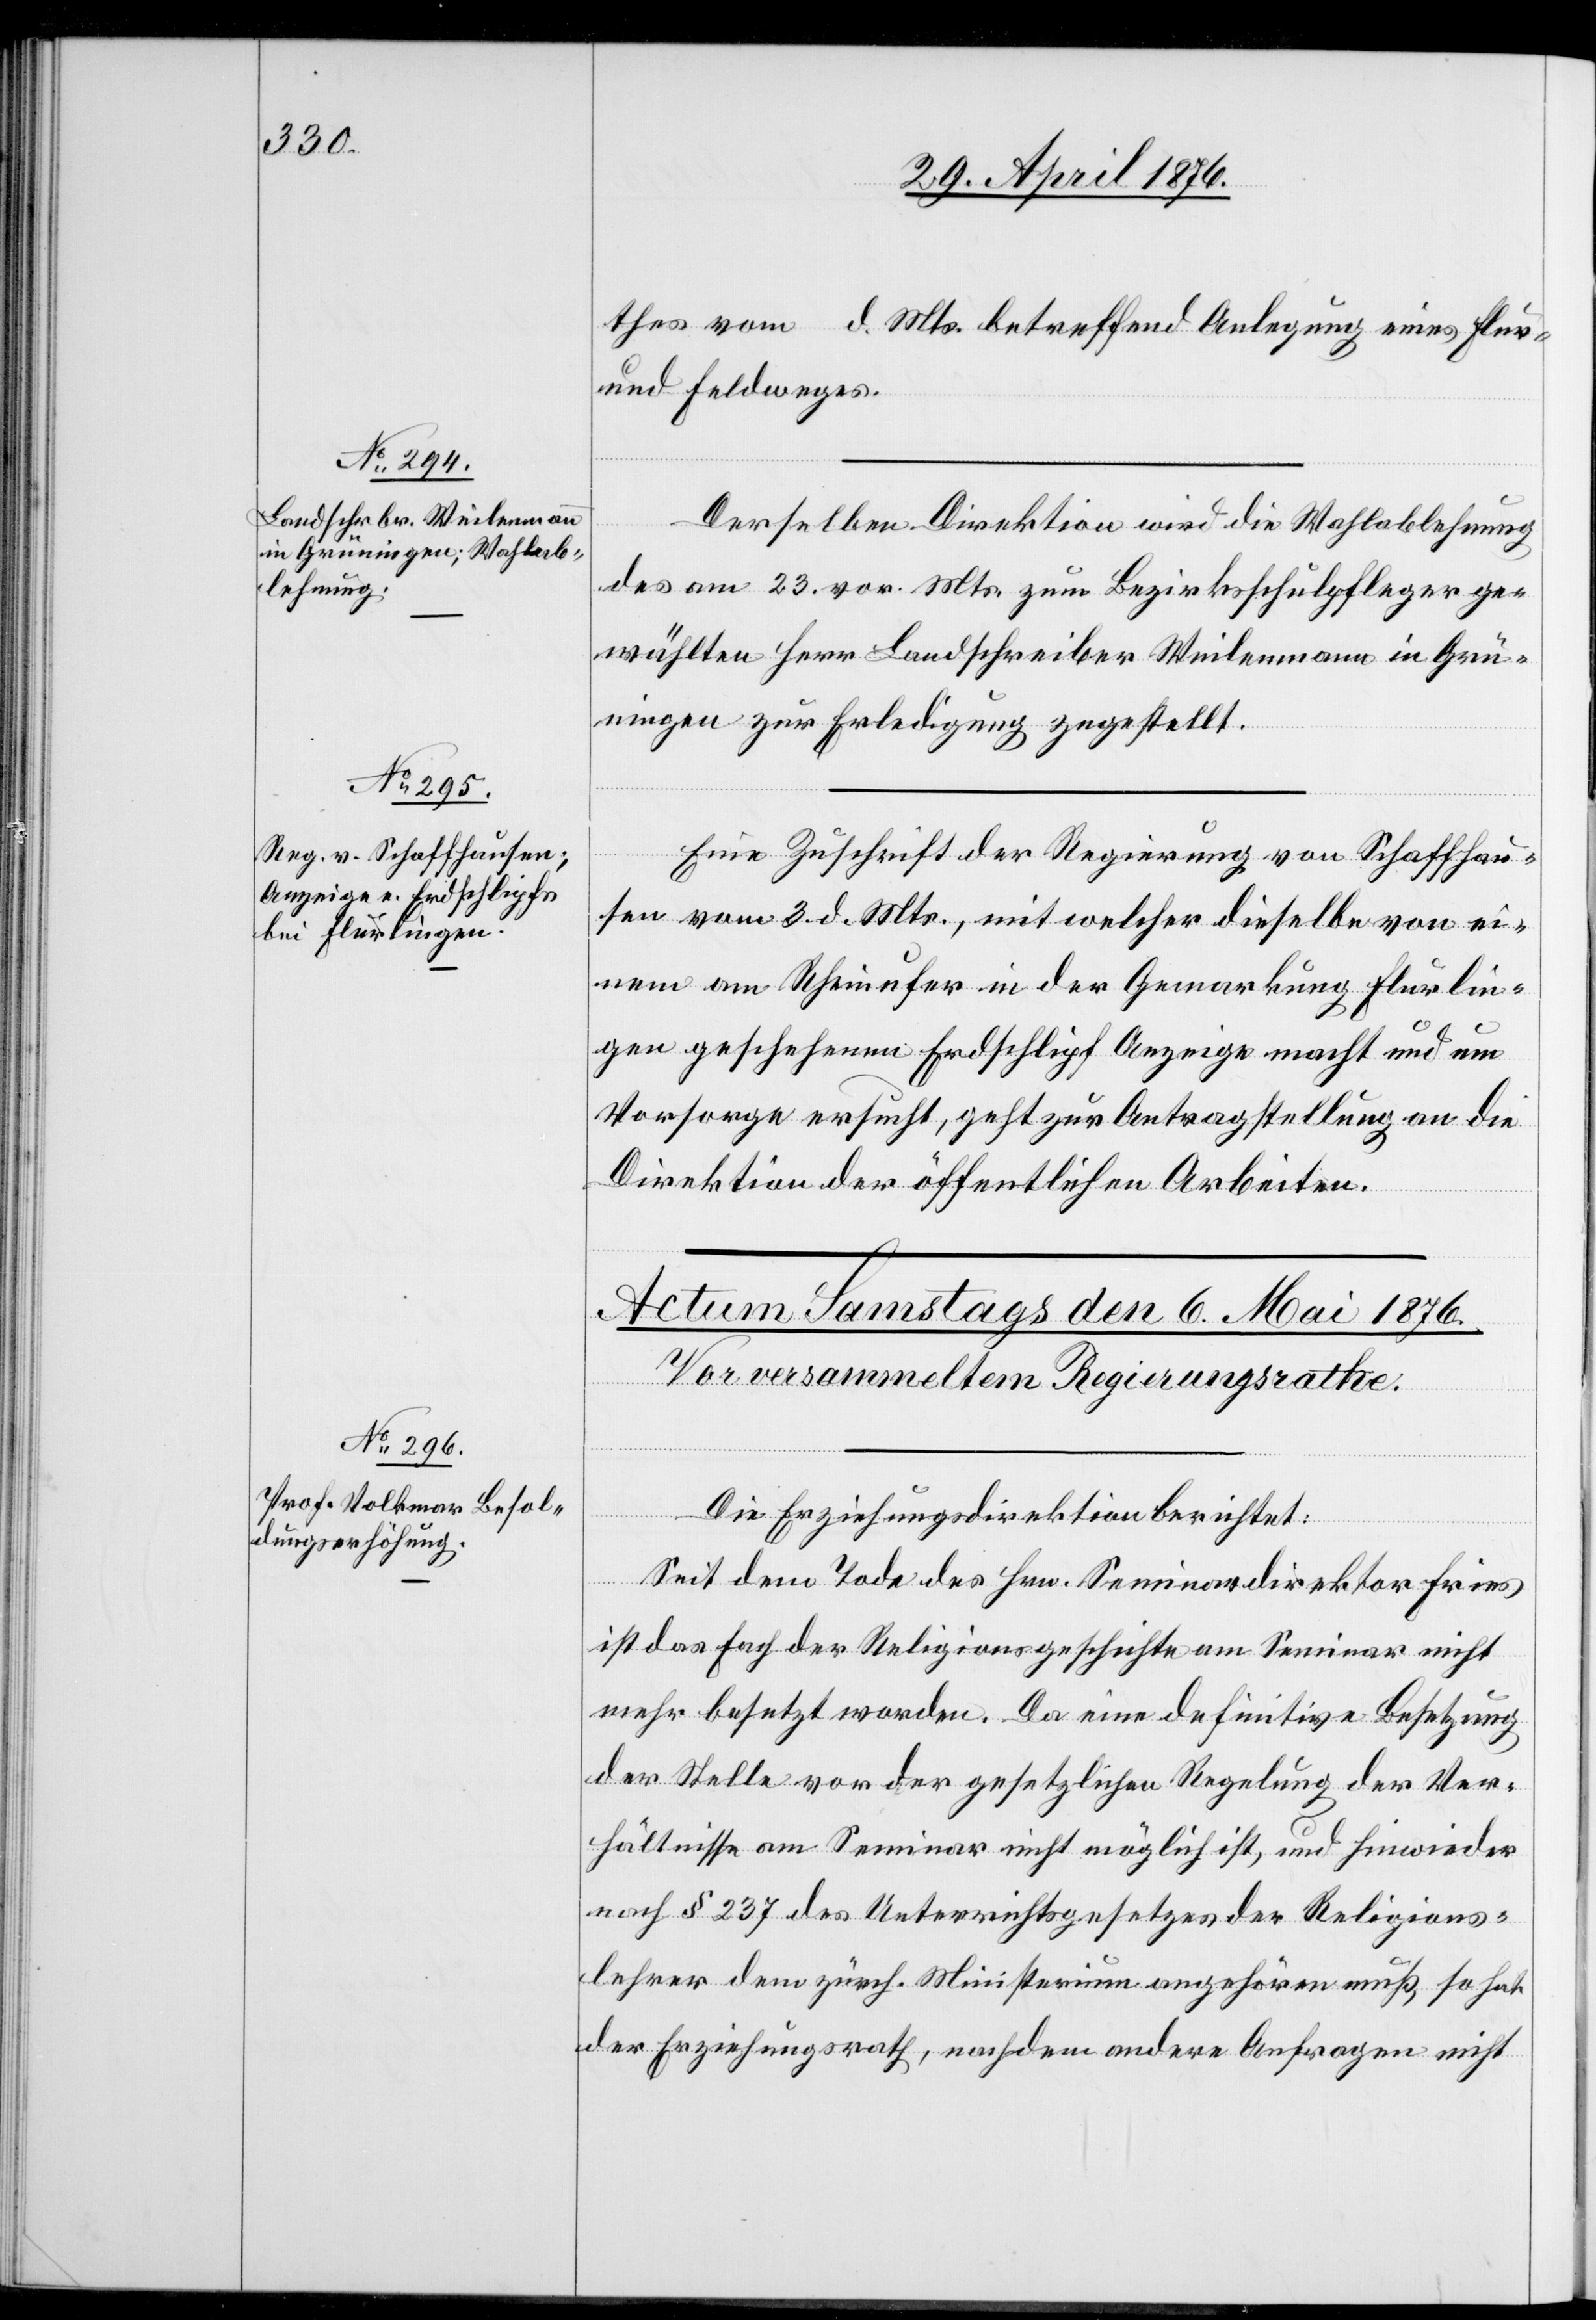
thes vom … d. Mts. betreffend Anlegung eines Flur-
und Feldweges.
5.
Derselben Direktion wird die Wahlablehnung
des am 23. vor. Mts. zum Bezirksschulpfleger ge¬
wählten Herr Landschreiber Weilenmann in Grü¬
ningen zur Erledigung zugestellt.
Eine Zuschrift der Regierung von Schaffhau¬
sen vom 3. d. Mts., mit welcher dieselbe von ei¬
nem am Rheinufer in der Gemarkung Flurlin¬
gen geschehenen Erdschlipf Anzeige macht und um
Vorsorge ersucht, geht zur Antragstellung an die
Direktion der öffentlichen Arbeiten.
Die Erziehungsdirektion berichtet:
Seit dem Tode des Hrn. Seminardirektor Fries
ist das Fach der Religionsgeschichte am Seminar nicht
mehr besetzt worden. Da eine definitive Besetzung
der Stelle vor der gesetzlichen Regelung der Ver¬
hältnisse am Seminar nicht möglich ist, und hiewieder
nach § 237 des Unterrichtsgesetzes der Religions¬
lehrer dem zürch. Ministerium angehören muß, so hat
der Erziehungsrath, nachdem andere Anfragen nicht